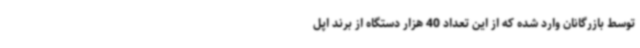
توسط بازرگانان وارد شده که از این تعداد 40 هزار دستگاه از برند اپل